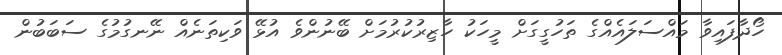
ހޯދާފައިވާ މައްސަލައެއްގެ ތަހުގީގަށް މީހަކު ހާޒިރުކުރުމަށް ބޭނުންވެ އުޅޭ ވަކިތަނެއް ނޭނގުމުގެ ސަބަބުން